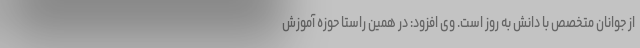
از جوانان متخصص با دانش به روز است. وی افزود: در همین راستا حوزه آموزش